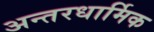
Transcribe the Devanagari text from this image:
अन्तरधार्मिक